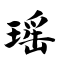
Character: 瑶